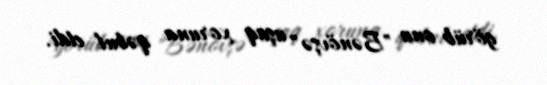
görüb onu "Bənövşə" uşaq xoruna qəbul etdi.